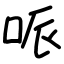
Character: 哌